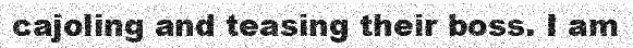
cajoling and teasing their boss. I am